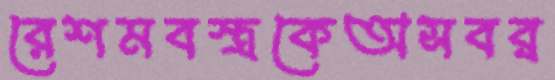
রেশমবস্ত্রকেঅসবর্